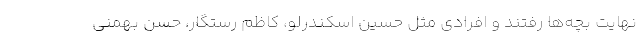
نهایت بچه‌ها رفتند و افرادی مثل حسین اسکندرلو، کاظم رستگار، حسن بهمنی